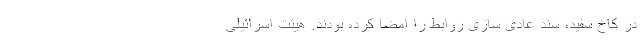
در کاخ سفید، سند عادی سازی روابط را امضا کرده بودند. هیئت اسرائیلی